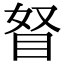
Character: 𥅄